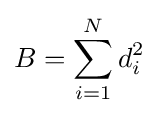
B=\sum _{i=1}^{N}d_{i}^{2}